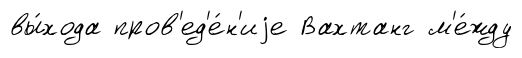
вы́хода пров'ед'е́н'иjе Вахтанг м'е́жду